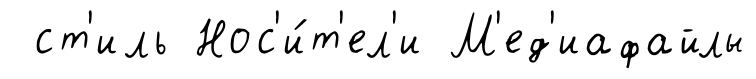
ст'иль Нос'и́т'ел'и М'ед'иафайлы